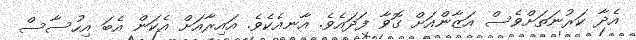
އެދާ ކަރުނަތަށްވެސް އަޒާންއަށް ގޮވާ ފަދައެވެ. އާނއެކެވެ. އައިރާއަށް އެކަން އެބަ އިހުސާސް